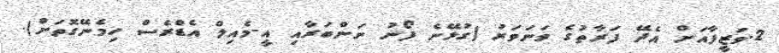
2.ވަޒީފާއަށް އެދޭ ފަރާތުގެ ވަނަވަރު (ގުޅޭނެ ފޯނު ނަންބަރާއި އީ-މެއިލް އެޑްރެސް ހިމެނޭގޮތަށް).